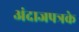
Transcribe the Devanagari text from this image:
अंदाजपत्रके